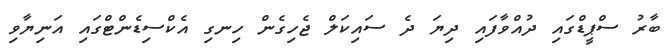
ބާރު ސްޕީޑްގައި ދުއްވާފައި ދިޔަ ދެ ސައިކަލް ޖެހިގެން ހިނގި އެކްސިޑެންޓްގައި އަނިޔާވި